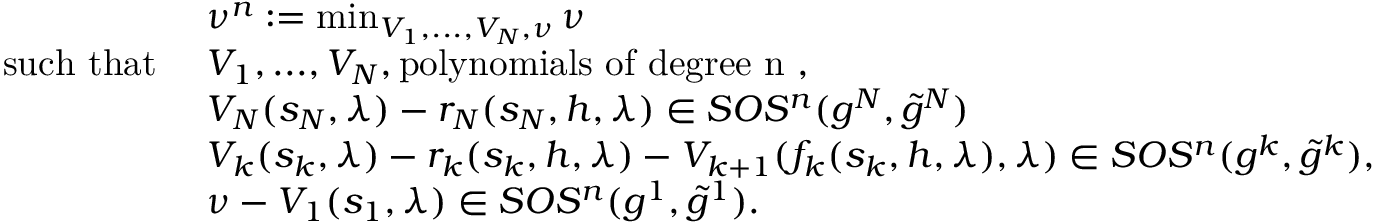
\begin{array} { r l } & { \nu ^ { n } : = \operatorname* { m i n } _ { V _ { 1 } , . . . , V _ { N } , \nu } \nu } \\ { \mathrm { s u c h ~ t h a t ~ } } & { V _ { 1 } , . . . , V _ { N } , \mathrm { p o l y n o m i a l s ~ o f ~ d e g r e e ~ n ~ } , } \\ & { V _ { N } ( s _ { N } , \lambda ) - r _ { N } ( s _ { N } , h , \lambda ) \in S O S ^ { n } ( g ^ { N } , \tilde { g } ^ { N } ) } \\ & { V _ { k } ( s _ { k } , \lambda ) - r _ { k } ( s _ { k } , h , \lambda ) - V _ { k + 1 } ( f _ { k } ( s _ { k } , h , \lambda ) , \lambda ) \in S O S ^ { n } ( g ^ { k } , \tilde { g } ^ { k } ) , } \\ & { \nu - V _ { 1 } ( s _ { 1 } , \lambda ) \in S O S ^ { n } ( g ^ { 1 } , \tilde { g } ^ { 1 } ) . } \end{array}